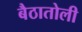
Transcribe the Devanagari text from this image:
बैठातोली